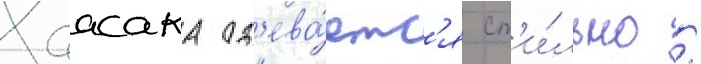
Хаасака од'ева́етс'я ст'и́льно /